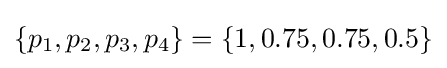
\lbrace p_{1},p_{2},p_{3},p_{4}\rbrace =\lbrace 1,0.75,0.75,0.5\rbrace